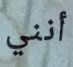
أنني